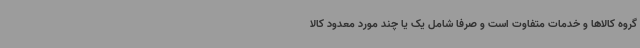
گروه کالاها و خدمات متفاوت است و صرفاً شامل یک یا چند مورد معدود کالا